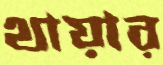
থায়ার